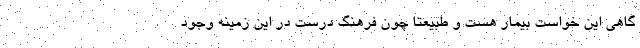
گاهی این خواست بیمار هست و طبیعتا چون فرهنگ درست در این زمینه وجود